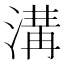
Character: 溝